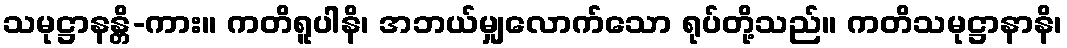
သမုဋ္ဌာနန္တိ-ကား။ ကတိရူပါနိ၊ အဘယ်မျှလောက်သော ရုပ်တို့သည်။ ကတိသမုဋ္ဌာနာနိ၊